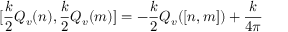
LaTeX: \lbrack \frac k 2 Q _ { v } ( n ) , \frac k 2 Q _ { v } ( m ) ] = - \frac k 2 Q _ { v } ( [ n , m ] ) + { \frac k { 4 \pi } }